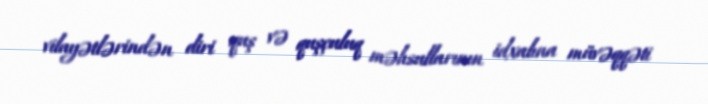
vilayətlərindən diri quş və quşçuluq məhsullarının idxalına müvəqqəti